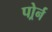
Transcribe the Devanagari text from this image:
पोर्र्न